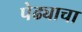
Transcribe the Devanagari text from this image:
पेढ्याचा